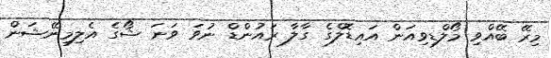
މިރޭ ބޭއްވި މޯލްޑިވިއަން އައިޑޮލްގެ ގާލާ ރައުންޑް ނުވަ ވަނަ ޝޯގެ އެލިމިނޭޝަން